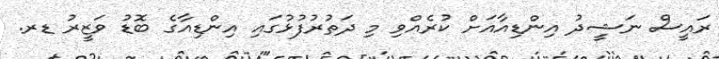
ރައީސް ނަޝީދު އިންޑިއާއަށް ކުރެއްވި މި ދަތުރުފުޅުގައި އިންޑިއާގެ ބޮޑު ވަޒީރު ޑރ.